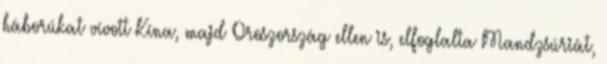
háborúkat vívott Kína, majd Oroszország ellen is, elfoglalta Mandzsúriát,